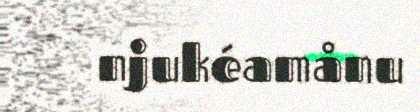
njukéamånu